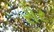
રોર